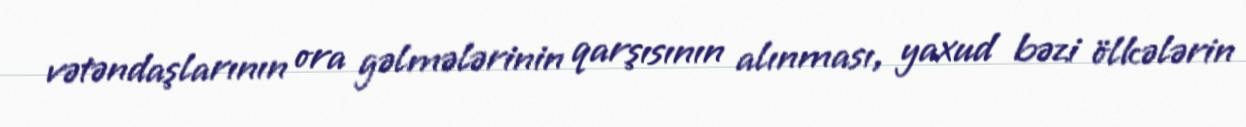
vətəndaşlarının ora gəlmələrinin qarşısının alınması, yaxud bəzi ölkələrin